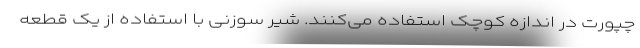
چپورت در اندازه کوچک استفاده می‌کنند. شیر سوزنی با استفاده از یک قطعه